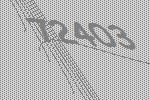
72403